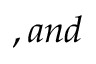
, a n d